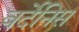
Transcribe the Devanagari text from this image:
वर्देनिस